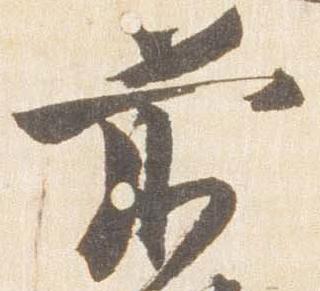
前